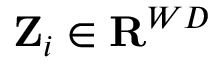
\mathbf { Z } _ { i } \in \mathbf { R } ^ { W D }